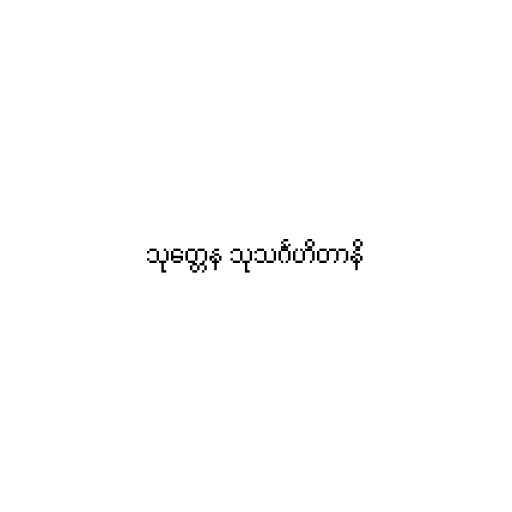
သုတ္တေန သုသင်္ဂဟိတာနိ